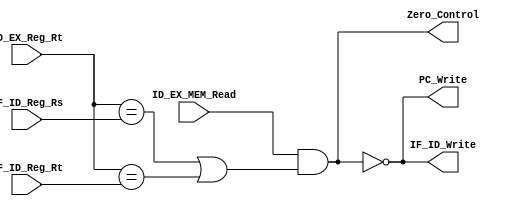
//Student ID: 0310020
//Subject CO project 5 - HazarDetection
//

module HazardDetect_Unit(
						ID_EX_MEM_Read,
						ID_EX_Reg_Rt,
						IF_ID_Reg_Rs,
						IF_ID_Reg_Rt,
						PC_Write,
						IF_ID_Write,
						Zero_Control
						);
input ID_EX_MEM_Read;
input [5-1:0]	ID_EX_Reg_Rt;
input [5-1:0]	IF_ID_Reg_Rs;
input [5-1:0]	IF_ID_Reg_Rt;
output 			PC_Write;
output 			IF_ID_Write;
output 			Zero_Control;

wire HazardDetect = ID_EX_MEM_Read & ((ID_EX_Reg_Rt == IF_ID_Reg_Rs) || ID_EX_Reg_Rt == IF_ID_Reg_Rt);

wire PC_Write;
wire IF_ID_Write;
wire Zero_Control;

assign PC_Write = ~HazardDetect;
assign IF_ID_Write = ~HazardDetect;
assign Zero_Control = HazardDetect;

endmodule